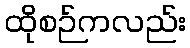
ထိုစဉ်ကလည်း